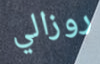
روزالي